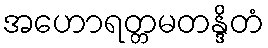
အဟောရတ္တမတန္ဒိတံ